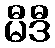
မီဒီ